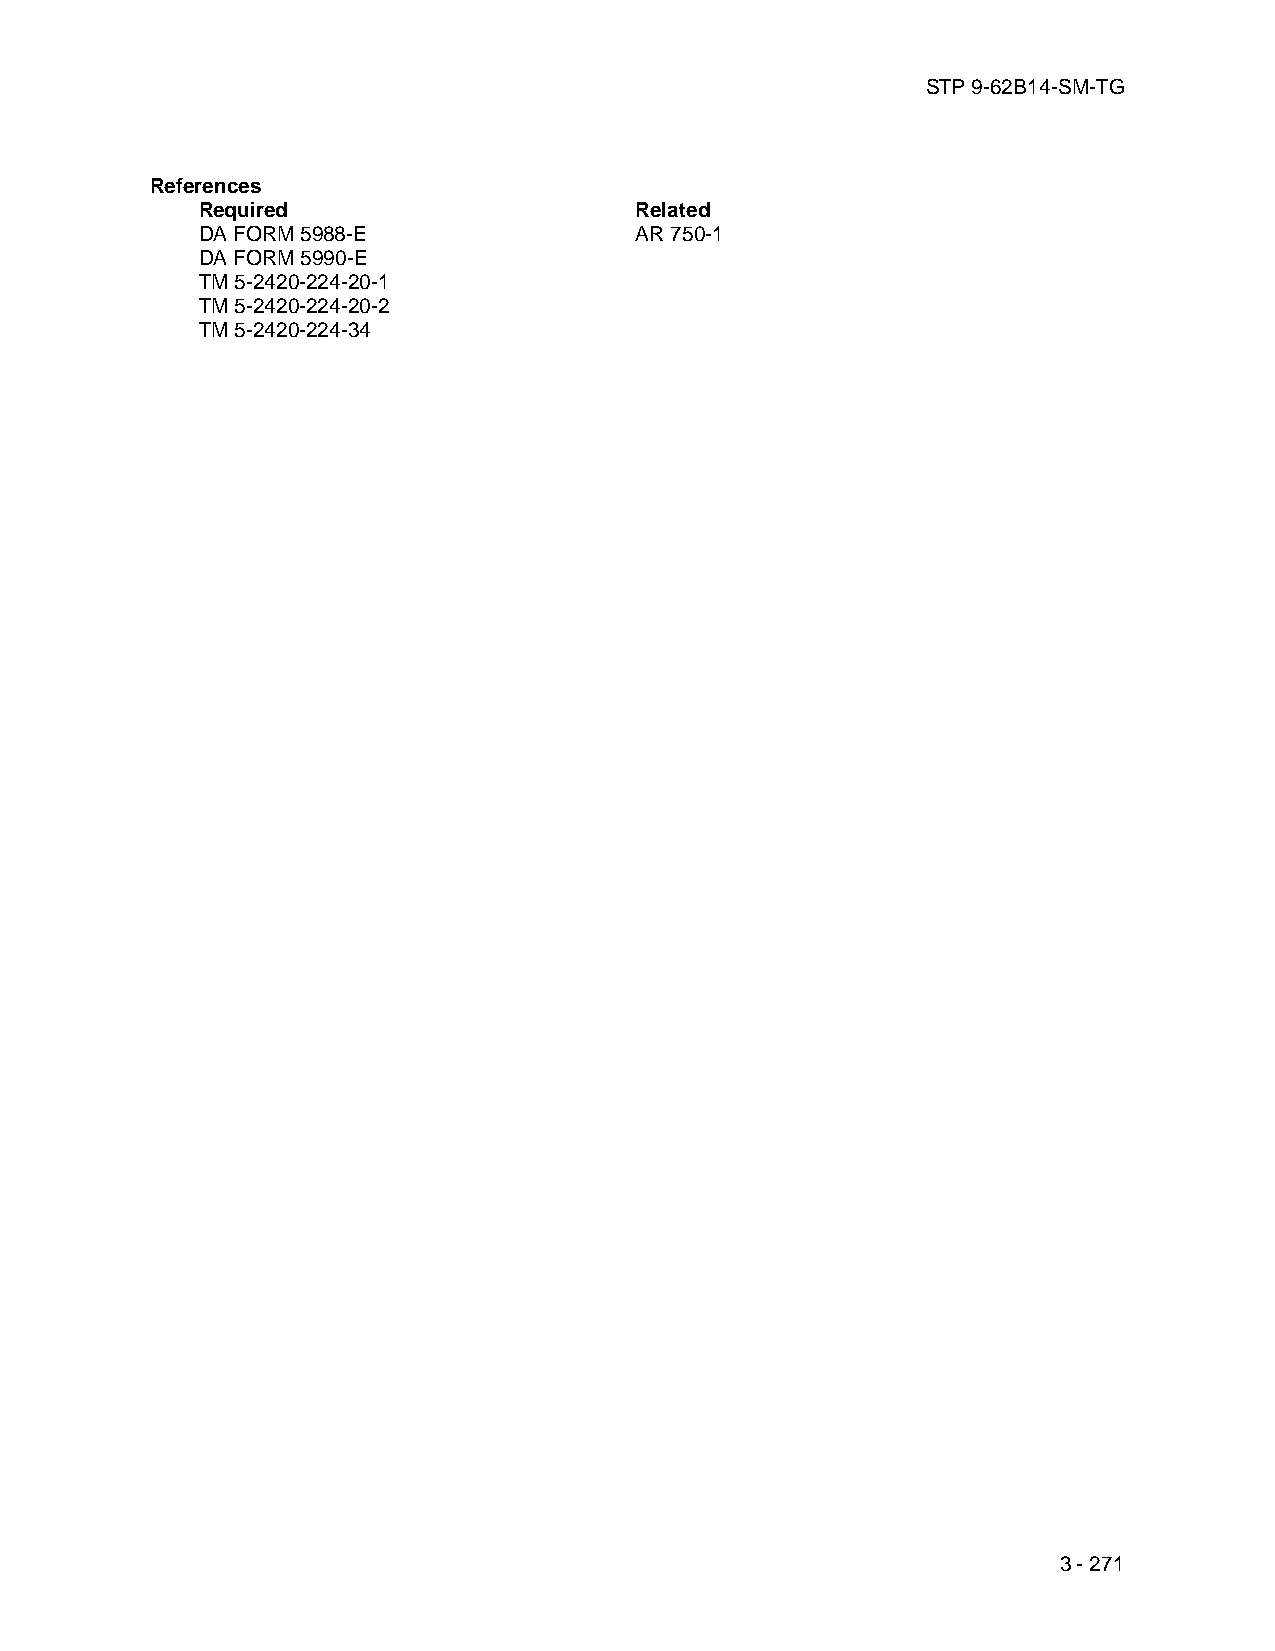
STP 9-62B14-SM-TG
 References
 Required                     Related
 DA FORM 5988-E               AR 750-1
 DA FORM 5990-E
 TM 5-2420-224-20-1
 TM 5-2420-224-20-2
 TM 5-2420-224-34
 3 - 271